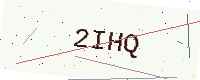
Text: 2IHQ